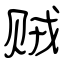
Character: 贼